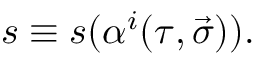
s \equiv s ( \alpha ^ { i } ( \tau , \vec { \sigma } ) ) .